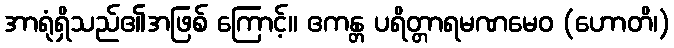
အာရုံရှိသည်၏အဖြစ် ကြောင့်။ ဧကန္တ ပရိတ္တာရမဏမေဝ (ဟောတိ၊)